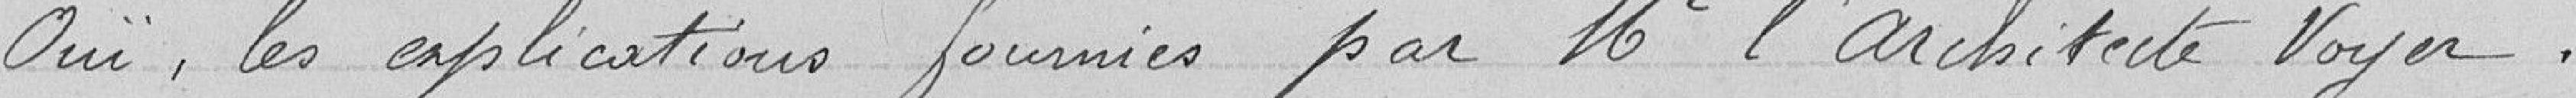
ouï les explications fournies par Mr l'architecte Voyer,